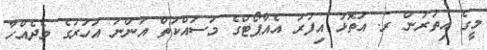
މީގެ އިތުރުން ރ. އަތޮޅު އިފުރު އެއާޕޯޓްގެ މަސައްކަތް އަންނަ އަހަރުގެ މެދެއްހާ